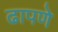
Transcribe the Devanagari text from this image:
ढापणे